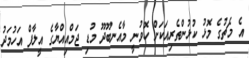
އެ މެޗުގެ މޮޅު ކުޅުންތެރިއަކަށް ހޮވުނީ މާއެނބޫދޫ މުޑި ޖަމްއިއްޔާގެ އީލާފް އަހުމަދު